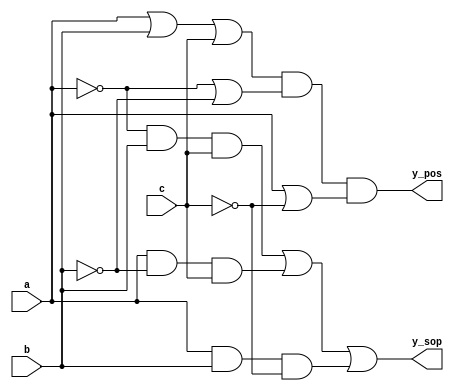
module CombinationalLogic (
    input wire a,     // Input variable a
    input wire b,     // Input variable b
    input wire c,     // Input variable c
    output wire y_sop, // Output for Sum of Products (SOP)
    output wire y_pos  // Output for Product of Sums (POS)
);

    // SOP Implementation: y_sop = A'BC + AB'C + ABC'
    assign y_sop = (~a & b & c) | (a & ~b & c) | (a & b & ~c);

    // POS Implementation: y_pos = (A + B + C)(A' + B')(A + C')
    assign y_pos = (a | b | c) & (~a | ~b) & (a | ~c);

endmodule